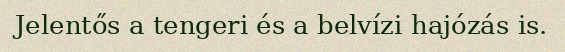
Jelentős a tengeri és a belvízi hajózás is.